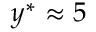
y ^ { * } \approx 5